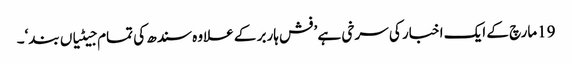
19مارچ کے ایک اخبار کی سرخی ہے ’فش ہاربر کے علاوہ سندھ کی تمام جیٹیاں بند‘۔